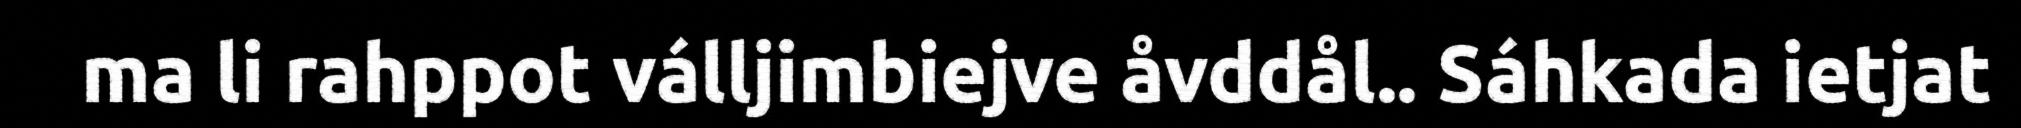
ma li rahppot válljimbiejve åvddål.. Sáhkada ietjat